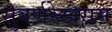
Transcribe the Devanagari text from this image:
सुवर्णरेखेसम